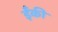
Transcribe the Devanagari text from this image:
ईँकी